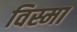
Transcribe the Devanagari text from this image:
विस्मा